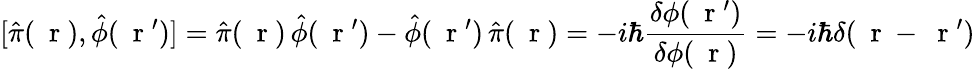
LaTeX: [\hat{\pi}(\mathrm{~\mathbf~r~}),\hat{\phi}(\mathrm{~\mathbf~r~}^{\prime})]=\hat{\pi}(\mathrm{~\mathbf~r~})\, \hat{\phi}(\mathrm{~\mathbf~r~}^{\prime})-\hat{\phi}(\mathrm{~\mathbf~r~}^{\prime})\, \hat{\pi}(\mathrm{~\mathbf~r~})=-i\hbar\frac{\delta\phi(\mathrm{~\mathbf~r~}^{\prime})}{\delta\phi(\mathrm{~\mathbf~r~})}=-i\hbar\delta(\mathrm{~\mathbf~r~}-\mathrm{~\mathbf~r~}^{\prime})